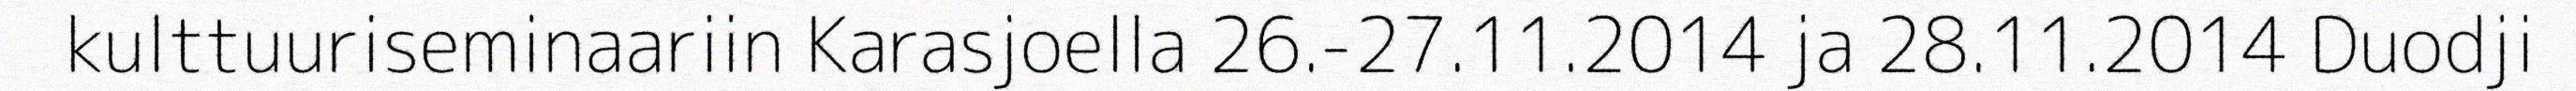
kulttuuriseminaariin Karasjoella 26.-27.11.2014 ja 28.11.2014 Duodji